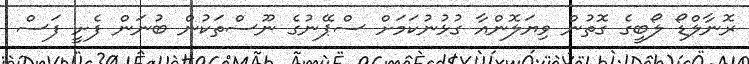
ރޮނާލްޑޯ ލޯބީގެ ގޮތުން ވިޔަލޮންއާ ގުޅުނުކަމަށް ސްޕޭނުގެ ނޫސްތަކުން ބުނަން ފެށީ ފަސް